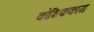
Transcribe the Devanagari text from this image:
कोशिककाय